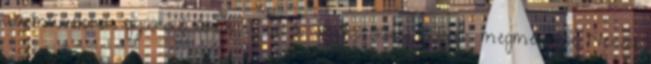
alapműveletek gyakorlásához A cél a világítótorony őrének megmentése Neked